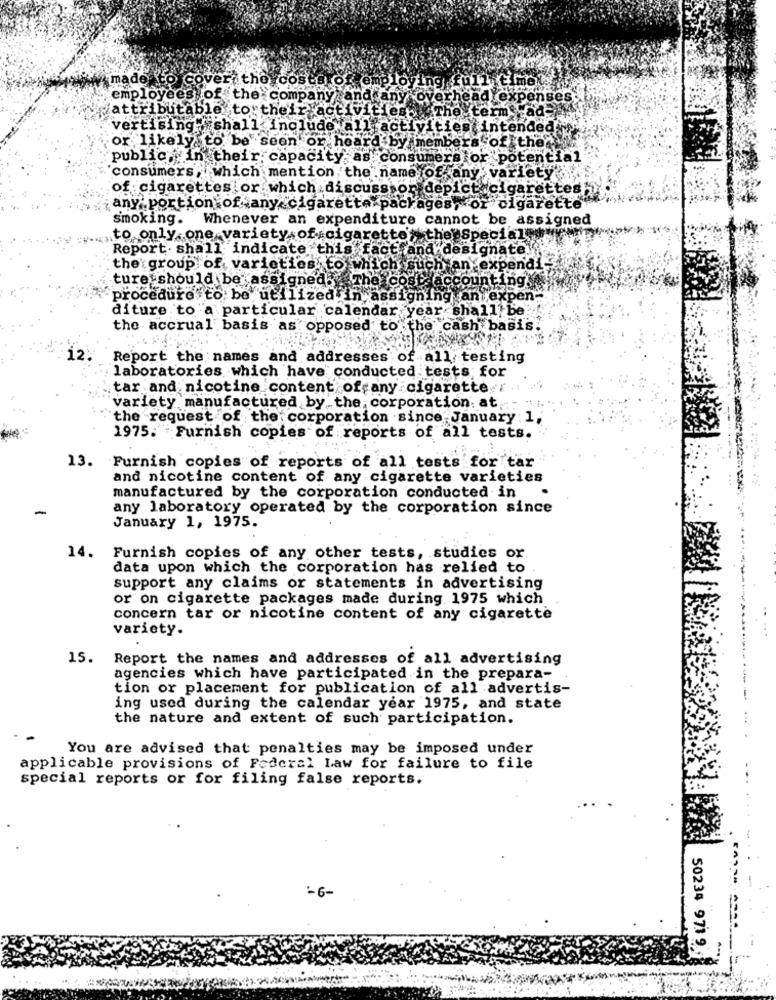
w made to cover the costs of employing full time
employees of the company and any over
ead expenses;
attributable to their activities The.
exm
vertising shall include all activities
Intended
or likely to be seen or
Fof the
Sby
public,in their. capacity
as consumers or potential
'consumers, which mention the name of any variety
of cigarettes or which discuss on depic
igare
any' portion of any cigarette packages
smoking.
Whenever an expenditure cannot be assigned
,to only one variety of cigarettes the Special
Report. shall indicate this fact and designate
the group of varieties. to which
ich ante
xpend
ture should be assigned Th
ting
procedure to be utilized in assigning an expen-
diture to a particular calendar year shall be!
the accrual basis as opposed to the cash basis.
12.
Report the names and addresses of all testing
laboratories which have conducted tests for
tar and nicotine content of any cigarette
variety manufactured by the corporation; at
the request of the corporation since January : 1,
1975. Furnish copies of reports of all tests.
13. Furnish copies of reports of all tests for tar
and nicotine content of any cigarette varieties
manufactured by the corporation conducted in
any laboratory operated by the corporation since
January 1, 1975.
14. Furnish copies of any other tests, studies or
data upon which the corporation has relied to
support any claims or statements in advertising
or on cigarette packages made during 1975 which
concern tar or nicotine content of any cigarette
variety.
15.
Report the names and addresses of all advertising
agencies which have participated in the prepara-
tion or placement for publication of all advertis-
ing used during the calendar year 1975, and state
the nature and extent of such participation.
You are advised that penalties may be imposed under
applicable provisions of Federal Law for failure to file
special reports or for filing false reports.
-6-
50234 971 9